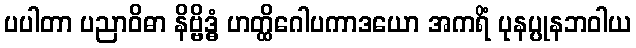
ပပါတာ ပညာဝိဓာ နိဗ္ဗိဒ္ဓံ ဟတ္ထိဂေါပကာဒယော အကရိံ ပုနပ္ပုနဘဝါယ